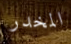
المخدر